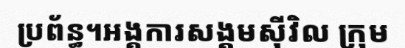
ប្រព័ន្ធ។អង្គការសង្គមស៊ីវិល ក្រុម